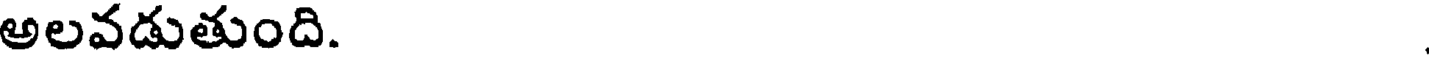
అలవడుతుంది.